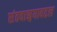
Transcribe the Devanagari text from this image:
संतवाङ्मयाबद्दल